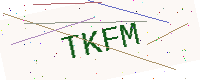
Text: TKFM